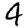
Digit: 4